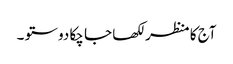
آج کا منظر لکھا جا چکا دوستو ۔